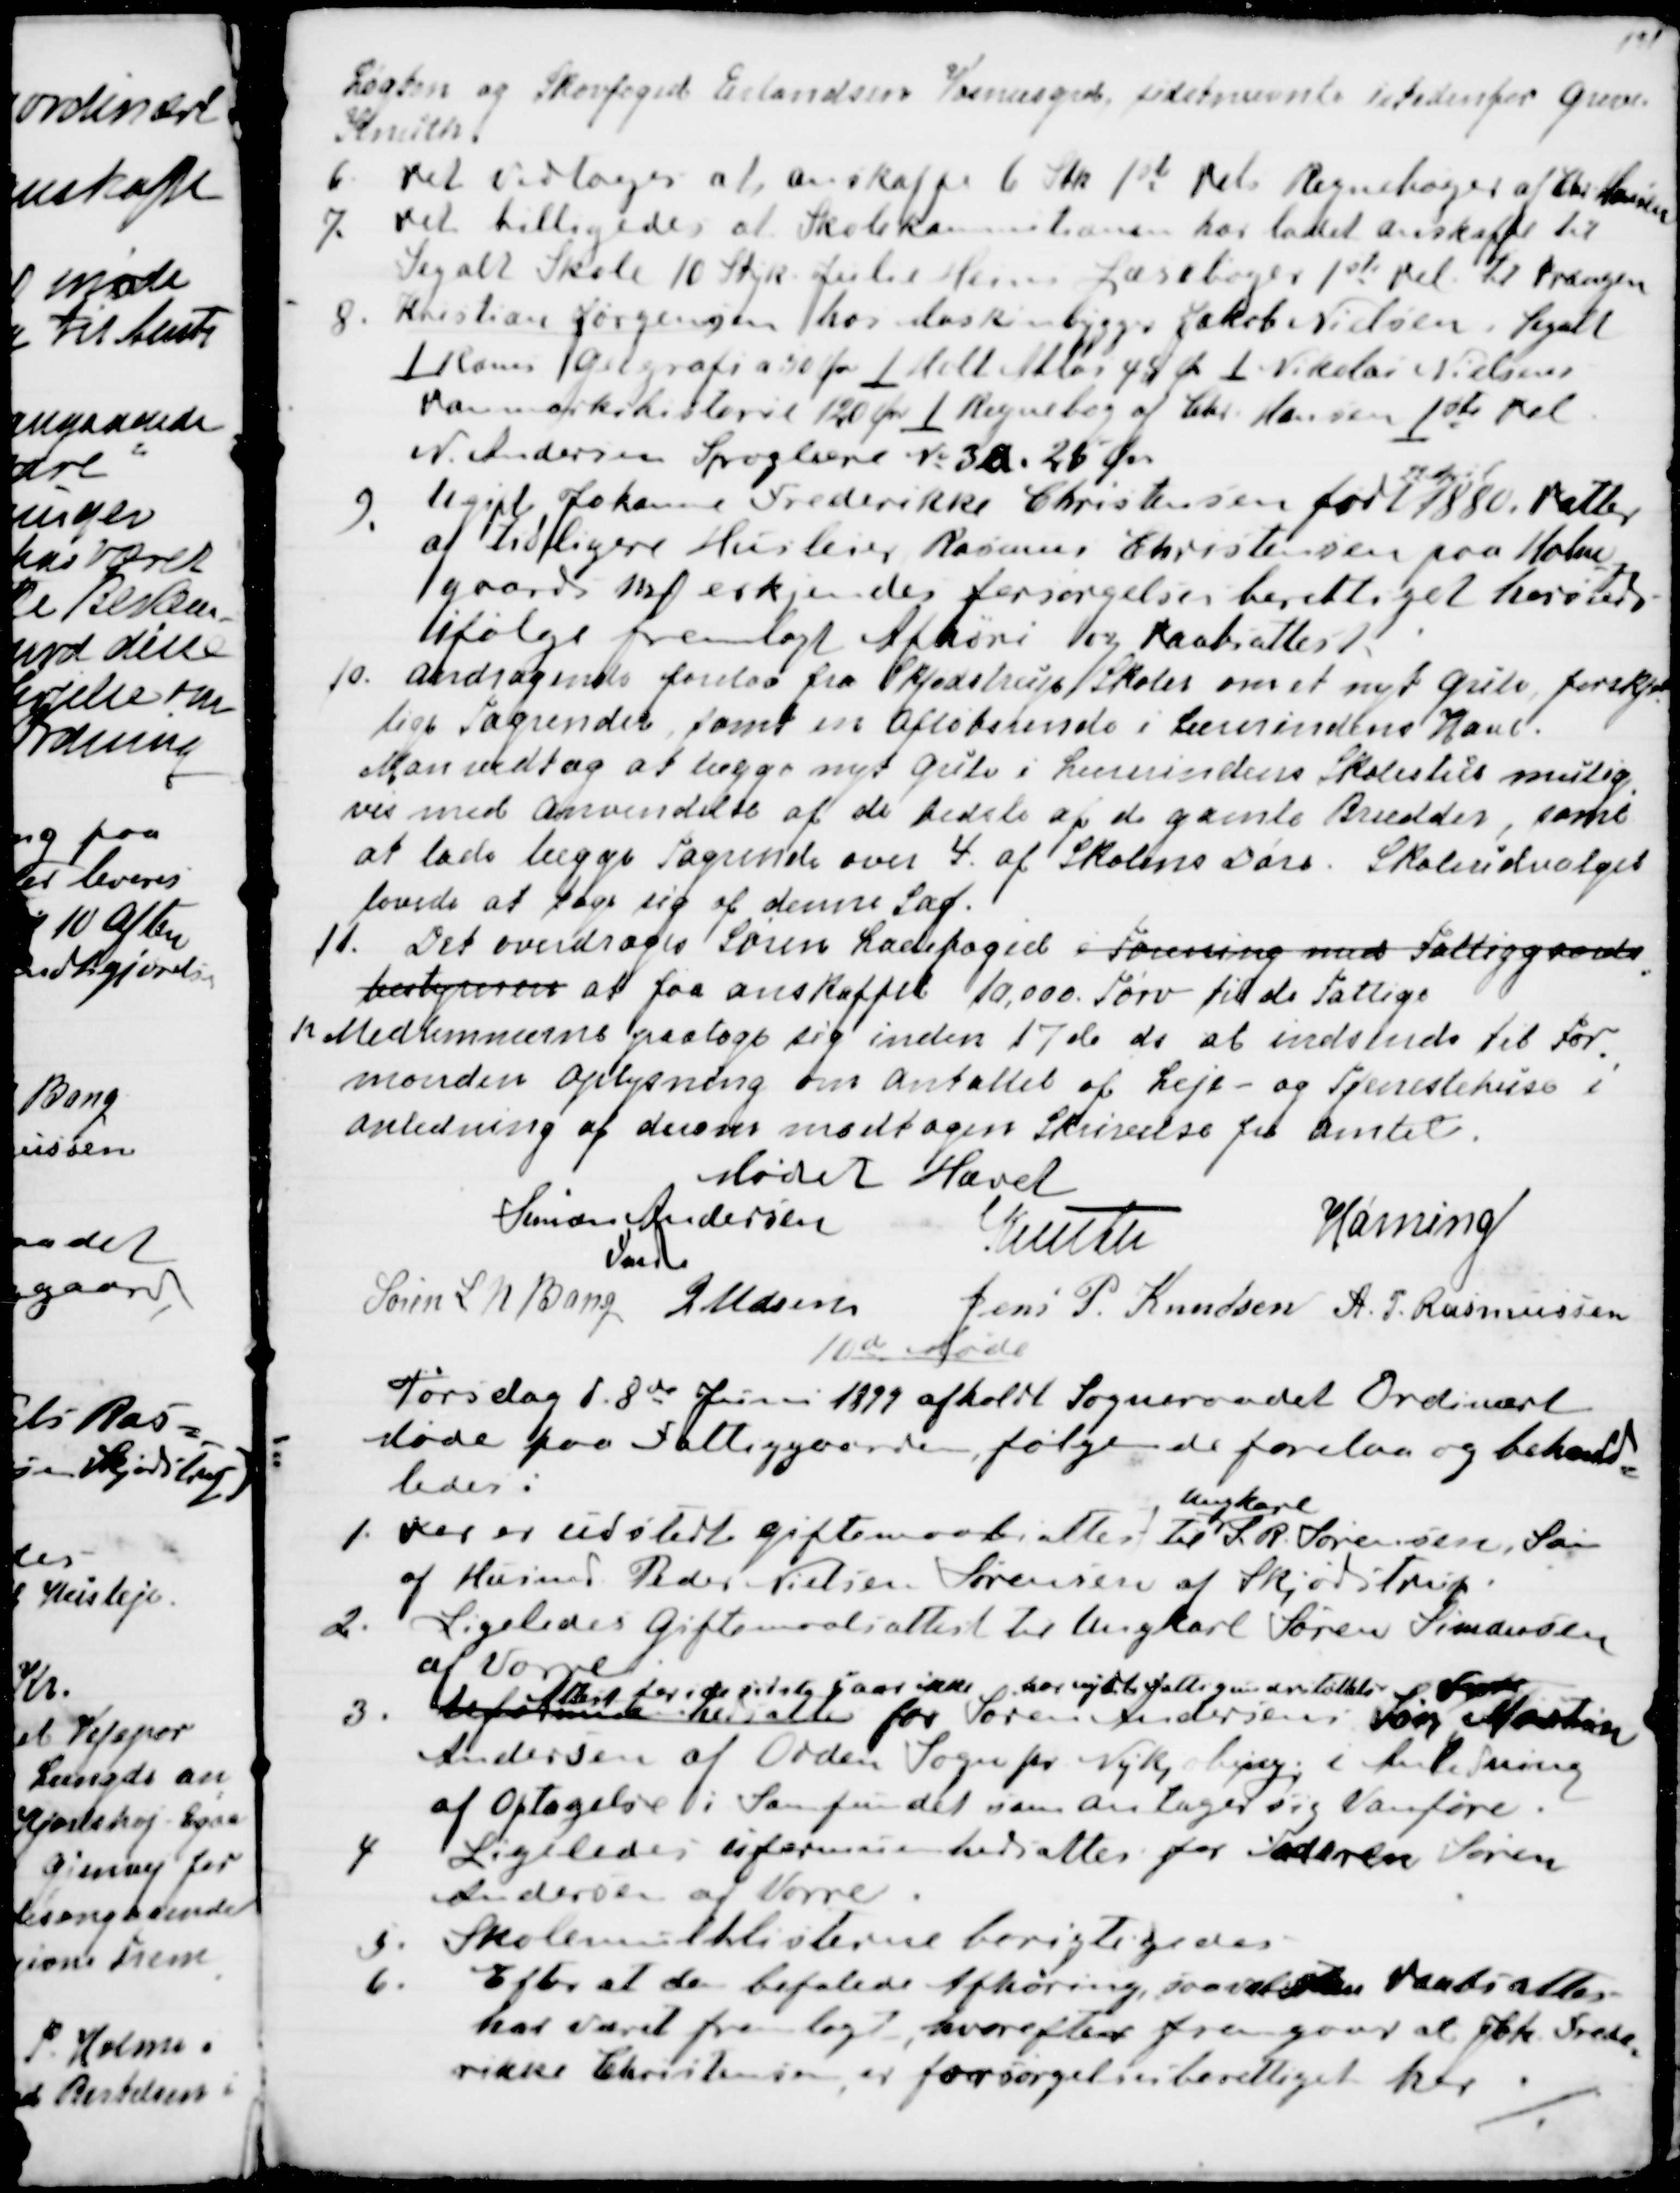
Transskription:
Løgten og Skovfoged Erlandsen Vosnæsgaard, sidstnævnte istedenfor Greve
Knuth.
6. Det vedtoges at anskaffe 6 Stk 1st Dels Regnebøger af Chr. Hansen
7. Det billigedes at Skolekommitionen har ladet anskaffe til
Segalt Skole 10 Styk Julie Heins Læsebøger 1ste Del til Drængen
8. Kristian Jørgensen hos Maskinbygger Jakob Nielsen, Segalt 
1 Roms Geografi a 50 Øre for 1 Holt Atlas 48 Øre 1 Nikolai Nielsens
Danmarkshistorie 120 Øre 1 Regnebog af Chr. Hansen 1ste Del
N. Andersen Sproglære № 3a. 25 Øre
9.
Ugift Johanne Frederikke Christensen født
22 April
1880. Datter
af tidligere Husleier  Rasmus Christensen paa Holm
-
gaard Mf erkjendes forsørgelsesberettiget hersteds
ifølge fremlagt Afhøri og Daabsattest.
10. Andragende forelaa fra Skjødstrup Skoler om et nyt Gulv, forskjel
=
lige Tagrender samt en Afløbsrende i Lærerindens Have.
Man vedtog at lægge nyt Gulv i Lærerindens Skolestue mulig
=
vis med anvendelse af de bedste af de gamle Brædder, samt
at lade lægge Tagrende over 4. af Skolens Døre. Skoleudvalget
lovede at tage sig af denne Sag.
11. Det overdroges Søren Ladefoged i Forening med Fattiggaards 
=
bestyreren at faa anskaffet 10.000 Tørv til de Fattige.
12. Medlemmerne paatage sig inden 17de ds at indsende til For
=
manden Oplysning om Antallet af Leje- og Tjenestehuse i
Anledning af derover modtagen Skrivelse fra Amtet.
Mødet Hævet
Simon Andersen
Fmd.
Knuth
Hørning
Søren L N Bang
J Udsen
Jens P. Knudsen
A. P. Rasmussen

10de Møde
Torsdag d. 8de Juni 1899 afholdt Sogneraadet Ordinært
Møde paa Fattiggaarden følgende forelaa og behand
=
ledes.
1. Der er udstedt Giftemaalsattest til 
Ungkarl
S. R. Sørensen, Søn
af Husmd Peder Nielsen Sørensen af Skjødstrup.
2. Ligeledes Giftemaalsattest til Ungkarl Søren Simonsen
af Vorre
3.
Uformuenhedsatte 
Attest for i de sidste 5 Aar ikke har nydt Fattigunderstøttelse
for Søren Andersens Søn 
Vorre
Martin
Andersen af Odden Sogn pr. Nykjøbing, i Anledning 
af Optagelse i Samfundet som antager sig Vanføre
4. Ligeledes uformuenhedsattes for Faderen Søren
Andersen af Vorre
5. Skolemulklisterne berigtigedes
6. Efter at den befalede Afhøring saavel som Daabsattes
har været fremlagt, hvorefter fremgaar at Frk. Frede
=
rikke Christensen er forsørgelsesberettiget her.